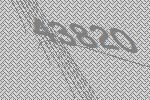
43820